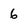
Character: 6